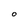
Character: O